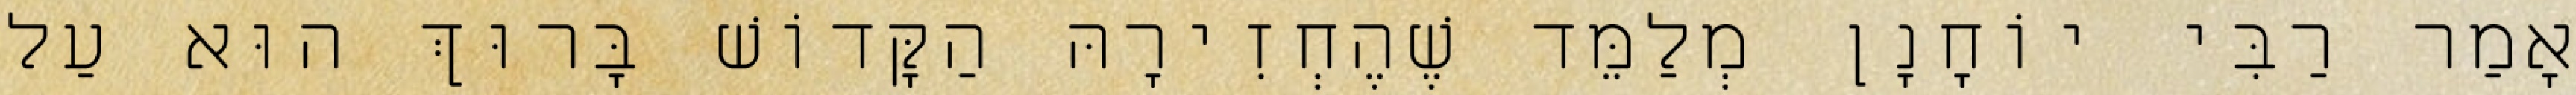
אָמַר רַבִּי יוֹחָנָן מְלַמֵּד שֶׁהֶחְזִירָהּ הַקָּדוֹשׁ בָּרוּךְ הוּא עַל